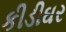
કીડીઘર